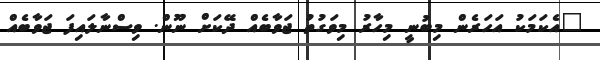
"އެކަމަކު އަހަރެން މިބުނީ މިހާރު މިވަގުތު ޖަވާބެއް ދޭކަށް ނޫން. ވިސްނާލައިފަ ޖަވާބެއް